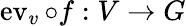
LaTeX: \operatorname{ev}_{v}\circ f:V\to G